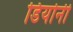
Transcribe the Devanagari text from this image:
डियोनी